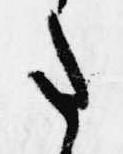
た